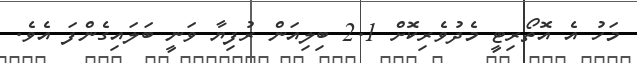
މަހު އެ އޮތޯރިޓީ މެދުވެރިކޮށް 2.1 ބިލިއަން ރުފިޔާ ވަނީ ބަލައިގެންފަ އެވެ.